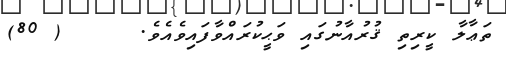
ތަޢާލާ ކީރިތި ޤުރުއާނުގައި ވަޙީކުރައްވާފައިވެއެވެ.     ( 80)